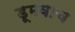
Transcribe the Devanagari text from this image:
डूमवाच